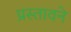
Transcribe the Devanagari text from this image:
प्रस्तावने